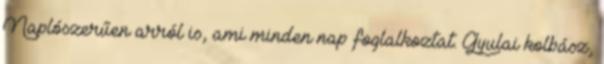
Naplószerűen arról is, ami minden nap foglalkoztat. Gyulai kolbász,